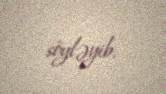
söyləyib.